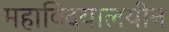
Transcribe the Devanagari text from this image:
महाविदयालयीन